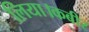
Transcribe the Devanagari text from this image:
लिया।कबीर